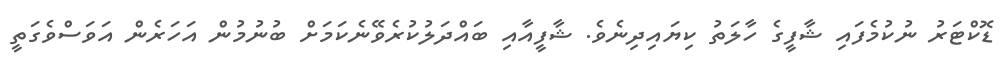
ޑޮކްޓަރު ނުކުމެފައި ޝާފީގެ ހާލަތު ކިޔައިދިނެވެ. ޝާފީއާއި ބައްދަލުކުރެވޭނެކަމަށް ބުނުމުން އަހަރެން އަވަސްވެގަތީ